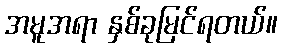
အမူအရာ နှစ်ခုမြင်ရတယ်။